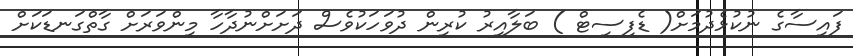
ފައިސާގެ ނުކުޅެދުމަށް( ޑެފިސިޓް ) ބަލާއިރު ކުރިން ދުވަހަކުވެސް ދަށަށްނުދާހާ މިންވަރަށް ގާތްގަނޑަކަށް